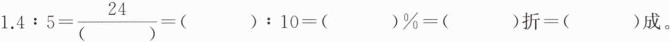
$$1.4:5= \frac{24}{()}=( ):10=( )%=( )折=( )成。$$